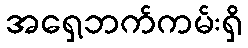
အရှေ့ဘက်ကမ်းရှိ